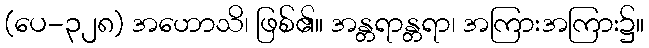
(ပေ-၃၂၈) အဟောသိ၊ ဖြစ်၏။ အန္တရာန္တရာ၊ အကြားအကြား၌။